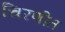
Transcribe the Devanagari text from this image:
चिरणीत